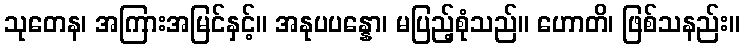
သုတေန၊ အကြားအမြင်နှင့်။ အနုပပန္နော၊ မပြည့်စုံသည်။ ဟောတိ၊ ဖြစ်သနည်း။